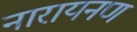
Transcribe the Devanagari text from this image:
नारायनण